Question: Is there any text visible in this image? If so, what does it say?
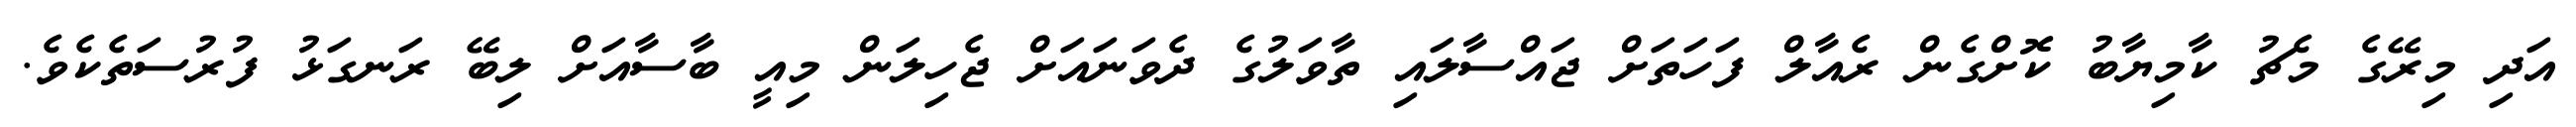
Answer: އަދި މިރޭގެ މެޗު ކާމިޔާބު ކޮށްގެން ރެއާލް ފަހަތަށް ޖައްސާލައި ތާވަލުގެ ދެވަނައަށް ޖެހިލަން މިއީ ބާސާއަށް ލިބޭ ރަނގަޅު ފުރުސަތެކެވެ.